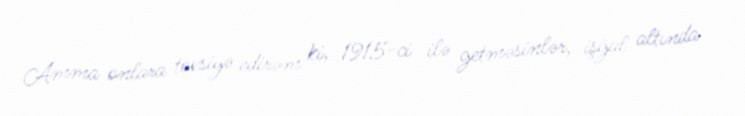
Amma onlara tövsiyə edirəm ki, 1915-ci ilə getməsinlər, işğal altında